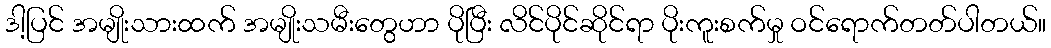
ဒါ့ပြင် အမျိုးသားထက် အမျိုးသမီးတွေဟာ ပိုပြီး လိင်ပိုင်ဆိုင်ရာ ပိုးကူးစက်မှု ဝင်ရောက်တတ်ပါတယ်။